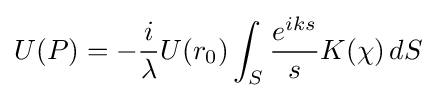
U(P)=-{\frac {i}{\lambda }}U(r_{0})\int _{S}{\frac {e^{iks}}{s}}K(\chi )\,dS